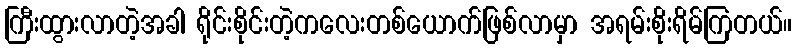
ကြီးထွားလာတဲ့အခါ ရိုင်းစိုင်းတဲ့ကလေးတစ်ယောက်ဖြစ်လာမှာ အရမ်းစိုးရိမ်ကြတယ်။